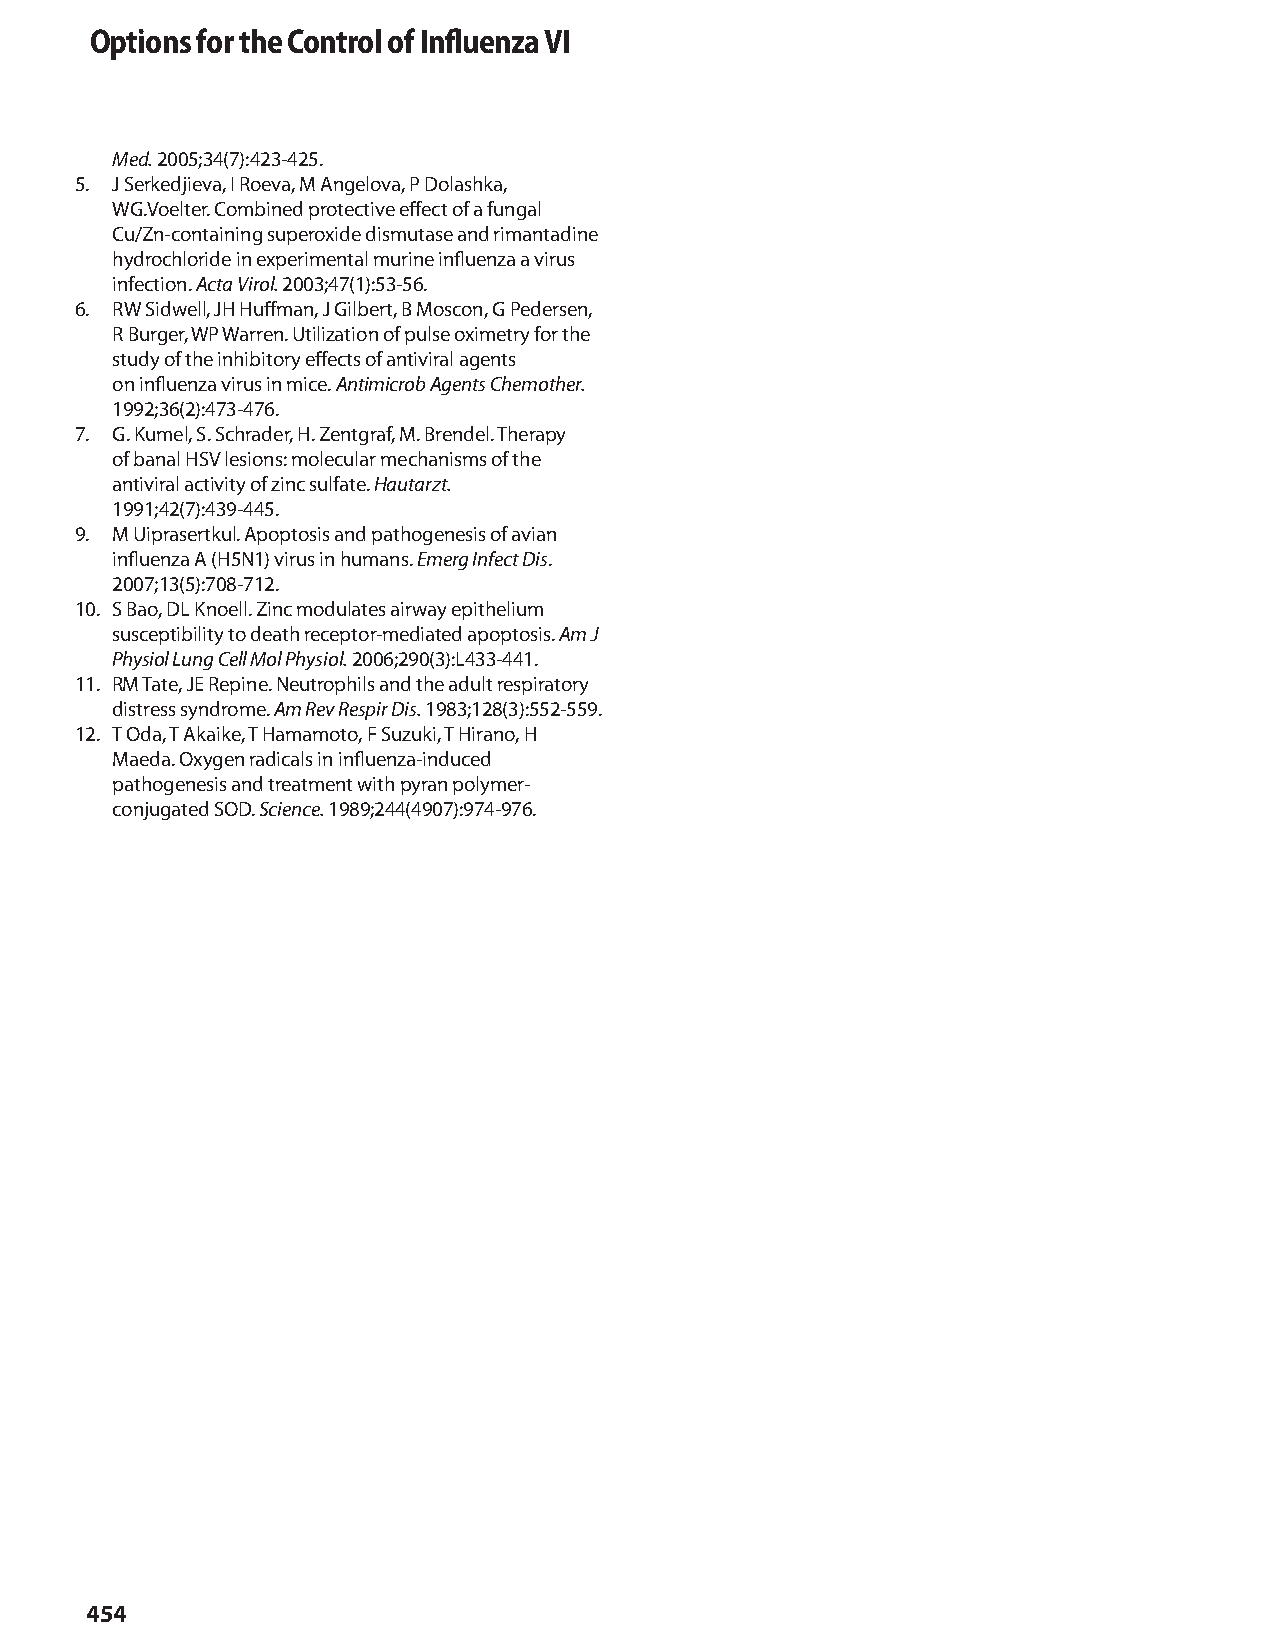
Options for the Control of Influenza VI
 Med. 2005;34(7):423-425.
 5. J Serkedjieva, I Roeva, M Angelova, P Dolashka,
 WG.Voelter. Combined protective effect of a fungal
 Cu/Zn-containing superoxide dismutase and rimantadine
 hydrochloride in experimental murine influenza a virus
 infection. Acta Virol. 2003;47(1):53-56.
 6. RW Sidwell, JH Huffman, J Gilbert, B Moscon, G Pedersen,
 R Burger, WP Warren. Utilization of pulse oximetry for the
 study of the inhibitory effects of antiviral agents
 on influenza virus in mice. Antimicrob Agents Chemother.
 1992;36(2):473-476.
 7. G. Kumel, S. Schrader, H. Zentgraf, M. Brendel. Therapy
 of banal HSV lesions: molecular mechanisms of the
 antiviral activity of zinc sulfate. Hautarzt.
 1991;42(7):439-445.
 9. M Uiprasertkul. Apoptosis and pathogenesis of avian
 influenza A (H5N1) virus in humans. Emerg Infect Dis.
 2007;13(5):708-712.
 10. S Bao, DL Knoell. Zinc modulates airway epithelium
 susceptibility to death receptor-mediated apoptosis. Am J
 Physiol Lung Cell Mol Physiol. 2006;290(3):L433-441.
 11. RM Tate, JE Repine. Neutrophils and the adult respiratory
 distress syndrome. Am Rev Respir Dis. 1983;128(3):552-559.
 12. T Oda, T Akaike, T Hamamoto, F Suzuki, T Hirano, H
 Maeda. Oxygen radicals in influenza-induced
 pathogenesis and treatment with pyran polymer-
 conjugated SOD. Science. 1989;244(4907):974-976.
 454